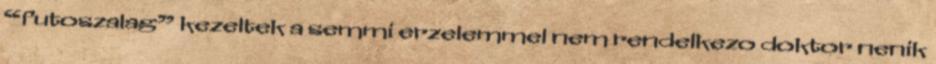
“futoszalag” kezeltek a semmi erzelemmel nem rendelkezo doktor nenik